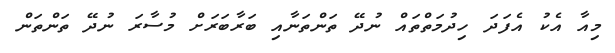
މިއާ އެކު އެފަދަ ހިދުމަތްތައް ނުދޭ ތަންތަނާއި ބަރާބަރަށް މުސާރަ ނުދޭ ތަންތަން